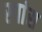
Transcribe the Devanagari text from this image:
स्पांस